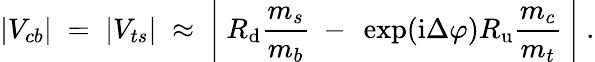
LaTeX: |V_{cb}|\; =\; |V_{ts}|\; \approx\; \left|~R_{\mathrm{d}}\frac{m_{s}}{m_{b}}~-~\exp(\mathrm{i}\Delta\varphi)R_{\mathrm{u}}\frac{m_{c}}{m_{t}}~\right|\; .